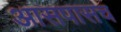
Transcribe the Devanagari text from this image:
आसपासच